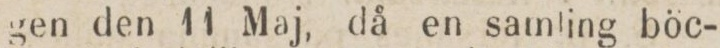
gen den 11 Maj, då en samling böc-